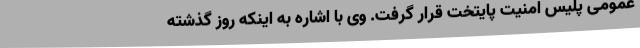
عمومی پلیس امنیت پایتخت قرار گرفت. وی با اشاره به اینکه روز گذشته